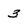
Character: 3